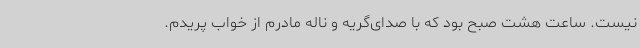
نیست. ساعت هشت صبح بود که با صدای‌گریه و ناله مادرم از خواب پریدم.